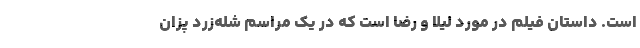
است. داستان فيلم در مورد ليلا و رضا است که در يک مراسم شله‌زرد پزان